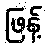
ဖြန့်